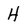
Character: H